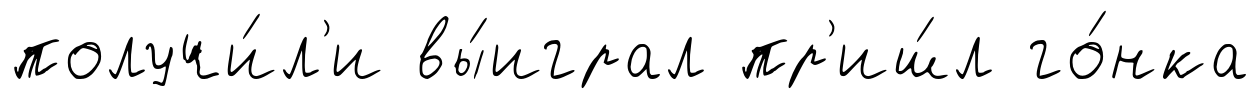
получи́л'и вы́играл пр'иш́л го́нка